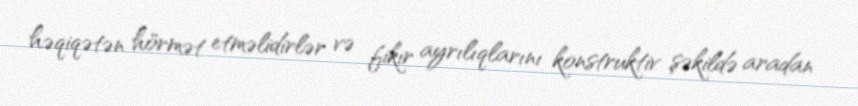
həqiqətən hörmət etməlidirlər və fikir ayrılıqlarını konstruktiv şəkildə aradan